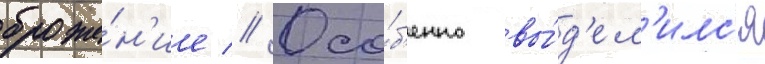
броже́н'ие // Осо́б'енно вы́д'ел'илс'я